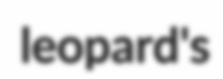
leopard's